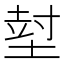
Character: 𡎃